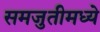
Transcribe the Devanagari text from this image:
समजुतीमध्ये